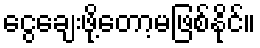
ငွေချေးဖို့တော့မဖြစ်နိုင်။